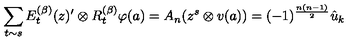
\sum _ { t \sim s } E _ { t } ^ { ( \beta ) } ( z ) ^ { \prime } \otimes R _ { t } ^ { ( \beta ) } \varphi ( a ) = A _ { n } ( z ^ { s } \otimes v ( a ) ) = ( - 1 ) ^ { \frac { n ( n - 1 ) } { 2 } } \hat { u } _ { k }